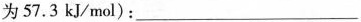
为57.3kJ/mol)：___